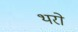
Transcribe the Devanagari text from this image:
थरो